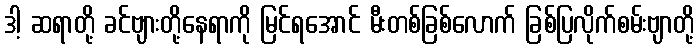
ဒါ့ ဆရာတို့ ခင်ဗျားတို့နေရာကို မြင်ရအောင် မီးတစ်ခြစ်လောက် ခြစ်ပြလိုက်စမ်းဗျာတို့